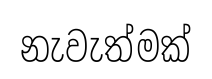
නැවැත්මක්